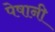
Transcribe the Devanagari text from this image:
पेषानी